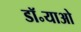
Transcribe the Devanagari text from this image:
डॉ॰याओ